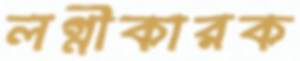
লগ্নীকারক